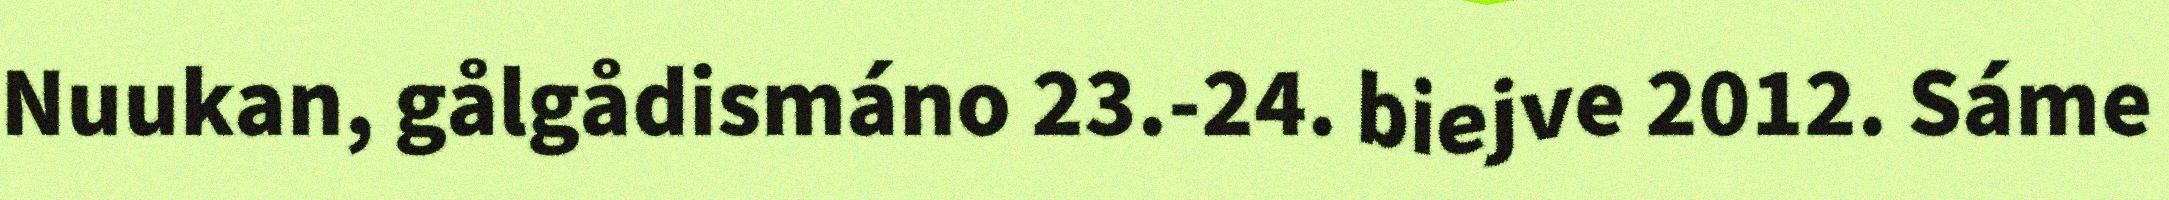
Nuukan, gålgådismáno 23.-24. biejve 2012. Sáme